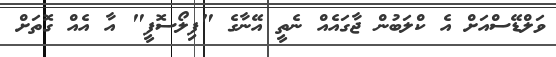
ވަލްޑޭސްއަށް އެ ކްލަބުން ޖާގައެއް ނެތީ އޭނާގެ "ފިލޯސޮފީ" އާ އެއް ގޮތަށް